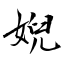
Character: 婗